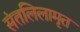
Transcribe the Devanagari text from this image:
संतलिलामृत